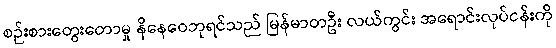
စဉ်းစားတွေးတောမှု နိနေဝေဘုရင်သည် မြန်မာတဦး လယ်ကွင်း အရောင်းလုပ်ငန်းကို